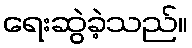
ရေးဆွဲခဲ့သည်။